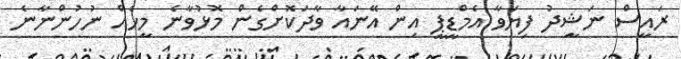
ރައީސް ނަޝީދު ފިޔަވާ އެމްޑީޕީ އިން އޭނައާ ވާދަކޮށްގެން މޮޅުވާނެ މީހެއް ނުހުންނާނެ